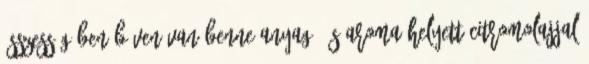
összességében bőven van benne anyag, és aroma helyett citromolajjal